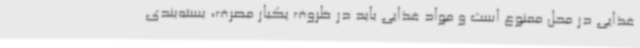
غذایی در محل ممنوع است و مواد غذایی باید در ظروف یکبار مصرف، بسته‌بندی